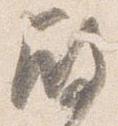
殿